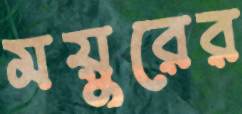
ময়ুরের